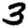
Digit: 3